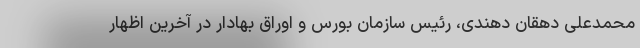
محمدعلی دهقان دهندی، رئیس سازمان بورس و اوراق بهادار در آخرین اظهار